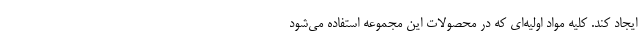
ایجاد کند. کلیه مواد اولیه‌ای که در محصولات این مجموعه استفاده می‌شود